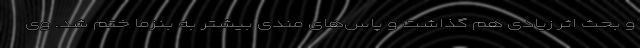
و بحث اثر زیادی هم گذاشت و پاس‌های مندی بیشتر به بنزما ختم شد. وی